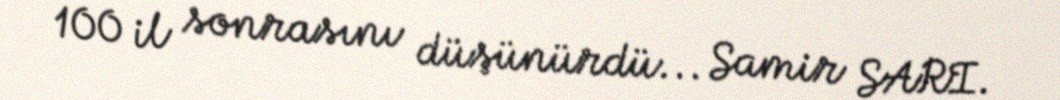
100 il sonrasını düşünürdü... Samir SARI.